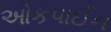
ઓકપાઈન